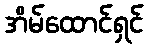
အိမ်ထောင်ရှင်